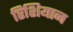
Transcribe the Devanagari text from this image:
रिशियान